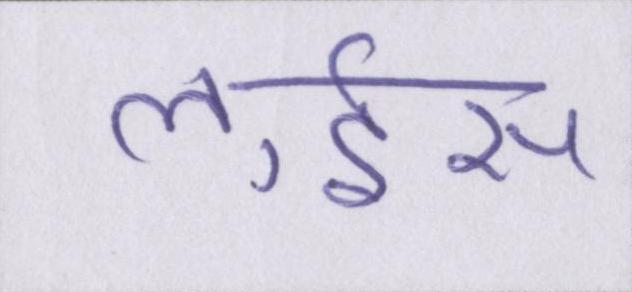
लुईस